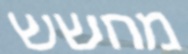
מחשש